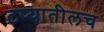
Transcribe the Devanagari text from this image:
टप्यातीलच